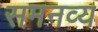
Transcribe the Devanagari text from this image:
समनव्य